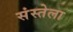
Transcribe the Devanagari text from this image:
संस्तेला